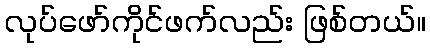
လုပ်ဖော်ကိုင်ဖက်လည်း ဖြစ်တယ်။